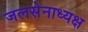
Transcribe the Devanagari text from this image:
जलसेनाध्यक्ष